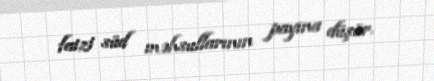
faizi süd məhsullarının payına düşür.